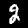
Label: 2